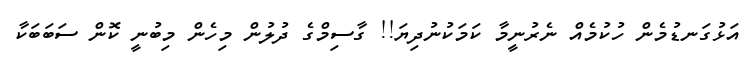
އަޅުގަނޑުމެން ހުކުމެއް ނެރުނީމާ ކަމަކުނުދިޔަ!! ގާސިމްގެ ދުލުން މިހެން މިބުނީ ކޮން ސަބަބަކާ